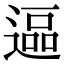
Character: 𮞷